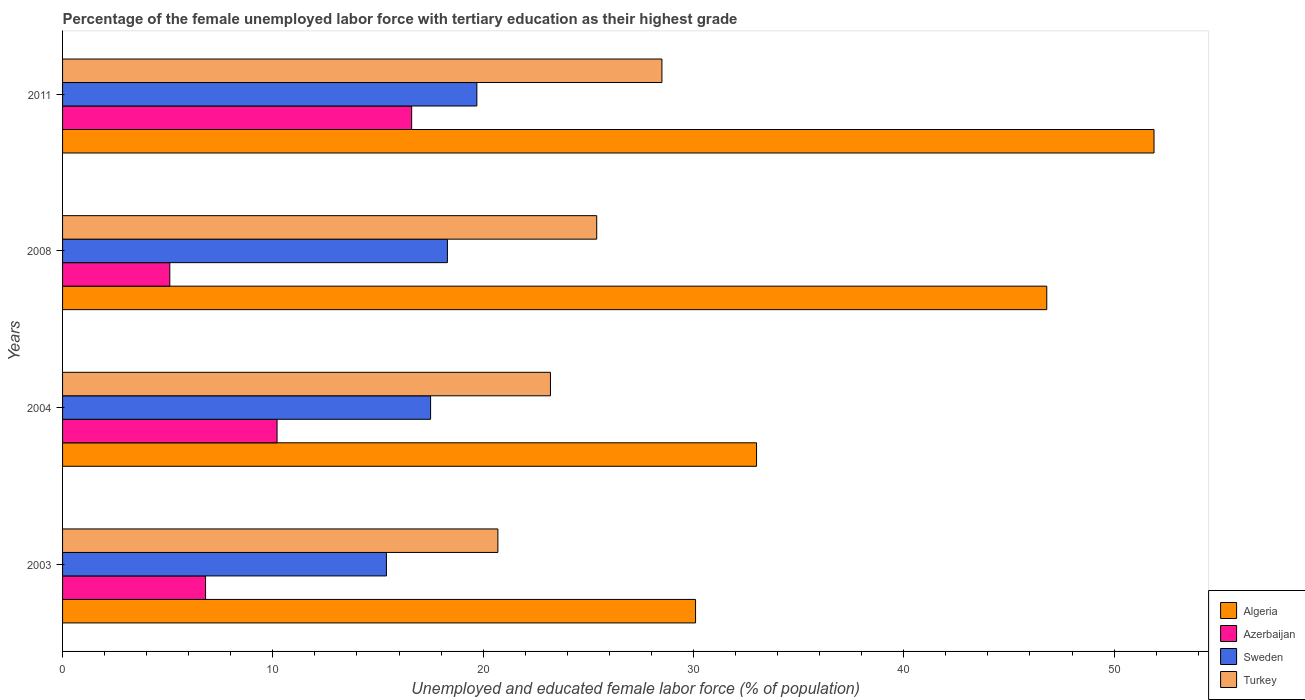
| Years | Algeria | Azerbaijan | Sweden | Turkey |
 | --- | --- | --- | --- | --- |
 | 2003 | 30.1 | 6.8 | 15.4 | 20.7 |
 | 2004 | 33 | 10.2 | 17.5 | 23.2 |
 | 2008 | 46.8 | 5.1 | 18.3 | 25.4 |
 | 2011 | 51.9 | 16.6 | 19.7 | 28.5 |